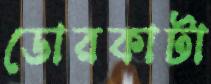
ডোরকাটা